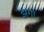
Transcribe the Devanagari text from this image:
झगा